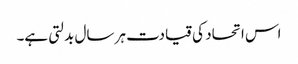
اس اتحاد کی قیادت ہر سال بدلتی ہے۔